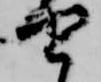
由